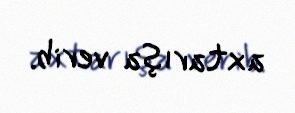
axtarışa verib.